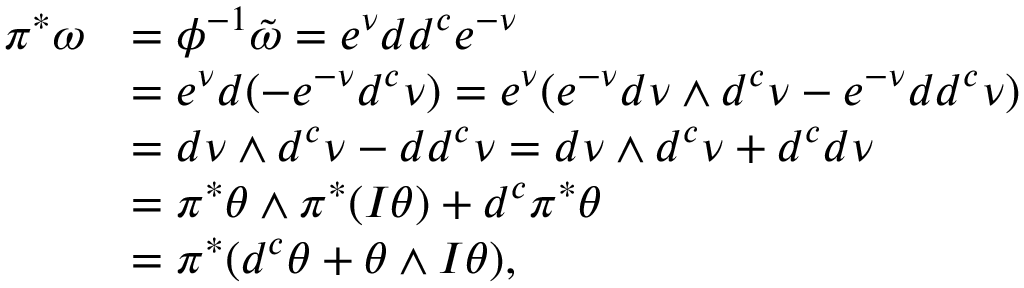
\begin{array} { r l } { \pi ^ { * } \omega } & { = \phi ^ { - 1 } \tilde { \omega } = e ^ { \nu } d d ^ { c } e ^ { - \nu } } \\ & { = e ^ { \nu } d ( - e ^ { - \nu } d ^ { c } \nu ) = e ^ { \nu } ( e ^ { - \nu } d \nu \wedge d ^ { c } \nu - e ^ { - \nu } d d ^ { c } \nu ) } \\ & { = d \nu \wedge d ^ { c } \nu - d d ^ { c } \nu = d \nu \wedge d ^ { c } \nu + d ^ { c } d \nu } \\ & { = \pi ^ { * } \theta \wedge \pi ^ { * } ( I \theta ) + d ^ { c } \pi ^ { * } \theta } \\ & { = \pi ^ { * } ( d ^ { c } \theta + \theta \wedge I \theta ) , } \end{array}